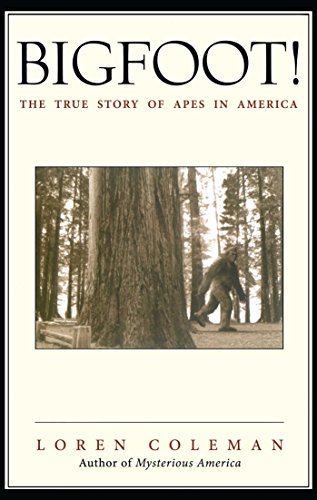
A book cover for Bigfoot!: The True Story of Apes in America; Loren Coleman; Politics & Social Sciences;